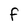
Character: f